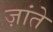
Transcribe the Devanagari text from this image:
ज़ांते